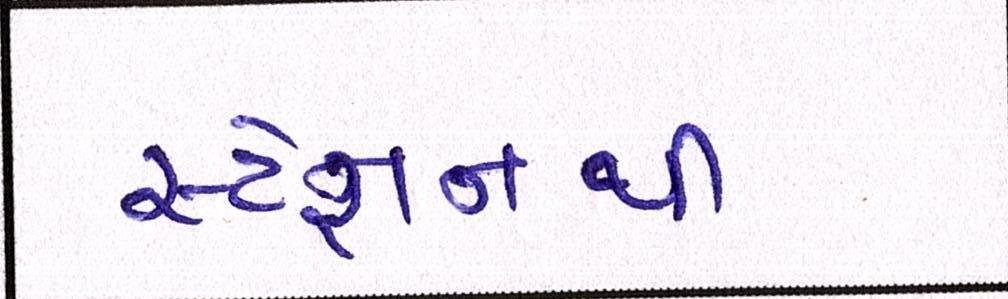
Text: સ્ટેશનથી